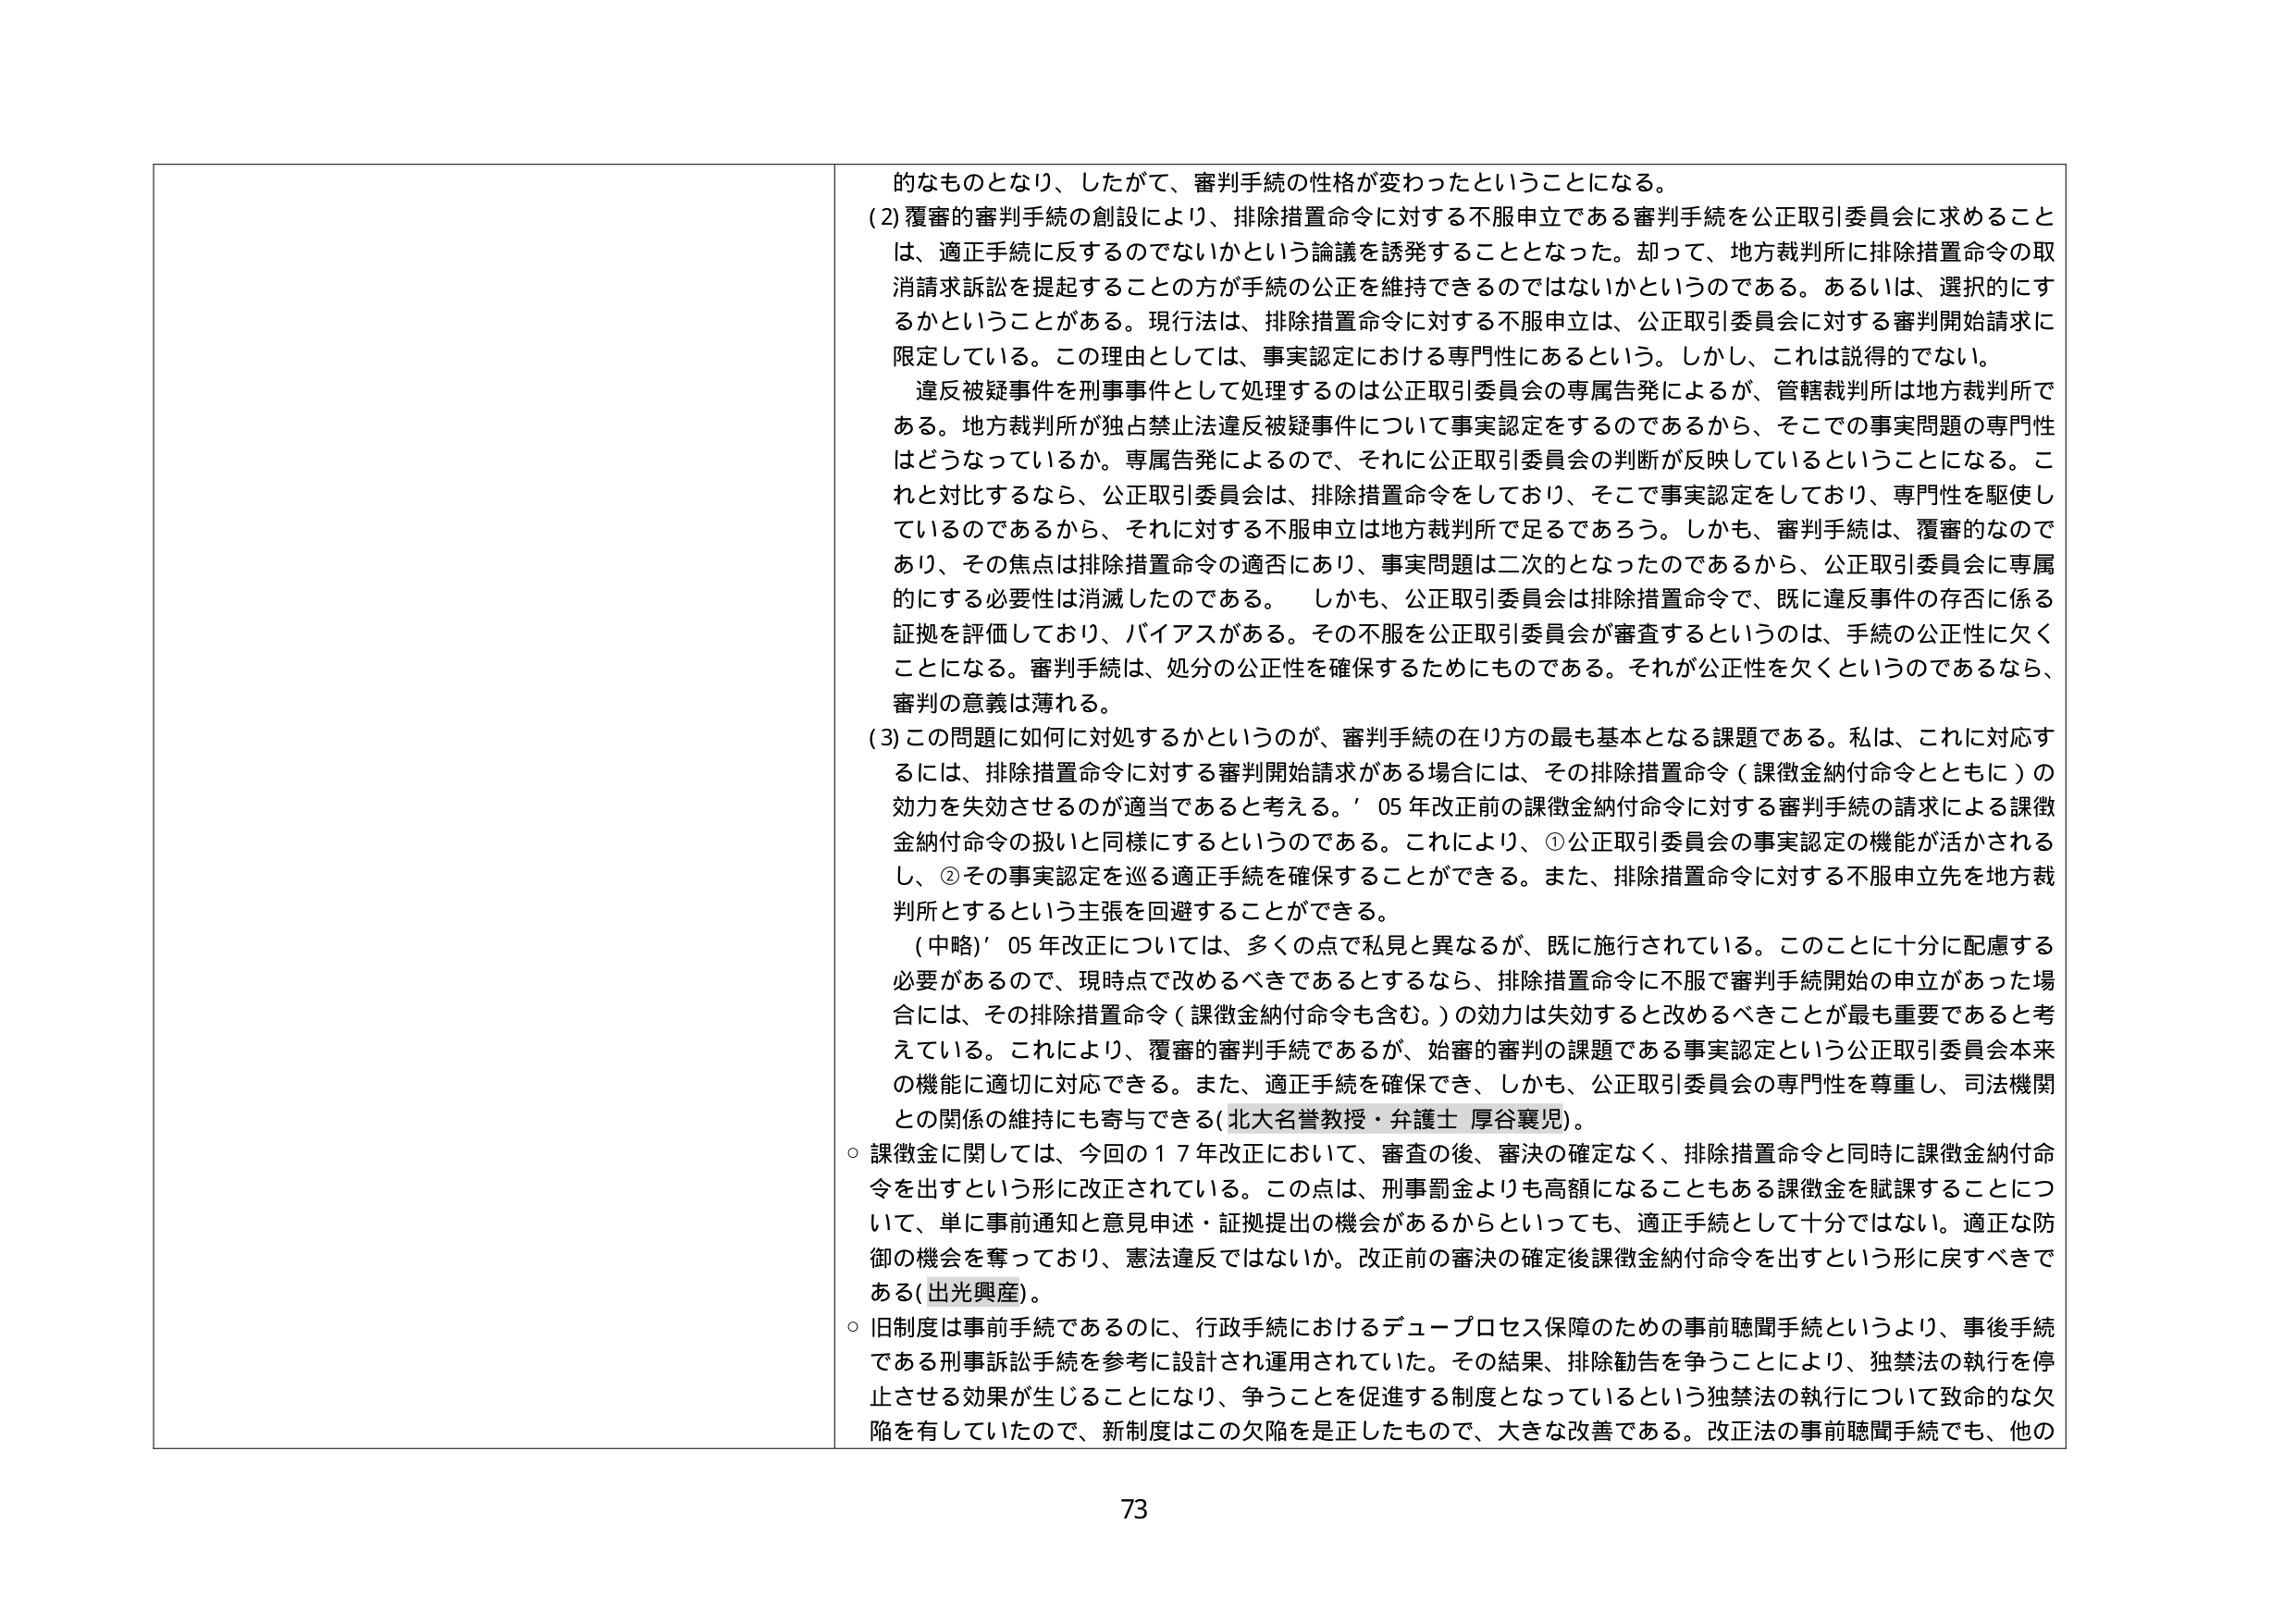
的なものとなり、したがて、審判手続の性格が変わったということになる。
(2) 覆審的審判手続の創設により、排除措置命令に対する不服申立である審判手続を公正取引委員会に求めることは、適正手続に反するのではないかという論議を誘発することとなった。却って、地方裁判所に排除措置命令の取消請求訴訟を提起することの方が手続の公正を維持できるのではないかというのである。あるいは、選択的にするかということがある。現行法は、排除措置命令に対する不服申立は、公正取引委員会に対する審判開始請求に限定している。この理由としては、事実認定における専門性にあるという。しかし、これは説得的でない。
違反被疑事件を刑事事件として処理するのは公正取引委員会の専属告発によるが、管轄裁判所は地方裁判所である。地方裁判所が独占禁止法違反被疑事件について事実認定をするのであるから、そこでの事実問題の専門性はどうなっているか。専属告発によるので、それに公正取引委員会の判断が反映しているということになる。これと対比するなら、公正取引委員会は、排除措置命令をしており、そこで事実認定をしており、専門性を駆使しているのであるから、それに対する不服申立は地方裁判所で足るであろう。しかも、審判手続は、覆審的なのであり、その焦点は排除措置命令の適否にあり、事実問題は二次的となったのであるから、公正取引委員会に専属的にする必要性は消滅したのである。 しかも、公正取引委員会は排除措置命令で、既に違反事件の存否に係る証拠を評価しており、バイアスがある。その不服を公正取引委員会が審査するというのは、手続の公正性に欠くことになる。審判手続は、処分の公正性を確保するためにものである。それが公正性を欠くというのであるなら、審判の意義は薄れる。
(3) この問題に如何に対処するかというのが、審判手続の在り方の最も基本となる課題である。私は、これに対応するには、排除措置命令に対する審判開始請求がある場合には、その排除措置命令（課徴金納付命令とともに）の効力を失効させるのが適当であると考える。’05年改正前の課徴金納付命令に対する審判手続の請求による課徴金納付命令の扱いと同様にするというのである。これにより、①公正取引委員会の事実認定の機能が活かされるし、②その事実認定を巡る適正手続を確保することができる。また、排除措置命令に対する不服申立先を地方裁判所とするという主張を回避することができる。
（中略）’05年改正については、多くの点で私見と異なるが、既に施行されている。このことに十分に配慮する必要があるので、現時点で改めるべきであるとするなら、排除措置命令に不服で審判手続開始の申立があった場合には、その排除措置命令（課徴金納付命令も含む。）の効力は失効すると改めるべきことが最も重要であると考えている。これにより、覆審的審判手続であるが、始審的審判の課題である事実認定という公正取引委員会本来の機能に適切に対応できる。また、適正手続を確保でき、しかも、公正取引委員会の専門性を尊重し、司法機関との関係の維持にも寄与できる（北大名誉教授・弁護士 厚谷襄児）。
○ 課徴金に関しては、今回の17年改正において、審査の後、審決の確定なく、排除措置命令と同時に課徴金納付命令を出すという形に改正されている。この点は、刑事罰金よりも高額になることもある課徴金を賦課することについて、単に事前通知と意見申述・証拠提出の機会があるからといっても、適正手続として十分ではない。適正な防御の機会を奪っており、憲法違反ではないか。改正前の審決の確定後課徴金納付命令を出すという形に戻すべきである（出光興産）。
○ 旧制度は事前手続であるのに、行政手続におけるデュープロセス保障のための事前聴聞手続というより、事後手続である刑事訴訟手続を参考に設計され運用されていた。その結果、排除勧告を争うことにより、独禁法の執行を停止させる効果が生じることになり、争うことを促進する制度となっているという独禁法の執行について致命的な欠陥を有していたので、新制度はこの欠陥を是正したもので、大きな改善である。改正法の事前聴聞手続でも、他の
73